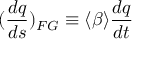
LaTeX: ( \frac { d q } { d s } ) _ { F G } \equiv \langle \beta \rangle \frac { d q } { d t }